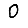
Digit: 0